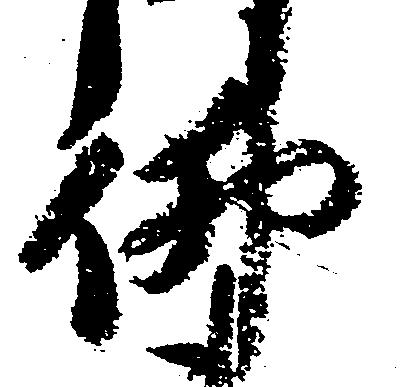
仏